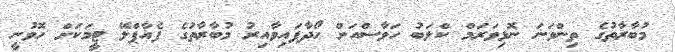
މުބާރާތުގެ ތިންވަނަ ނޮޅިވަރަމް ކްލަބު ހަވާސްއަށް ހޯދާފައިވާއިރު މުބާރާތުގެ ފެއާޕްލޭ ޓީމަކަށް ހޮވުނީ